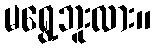
မရွေ့ဘူးလား။